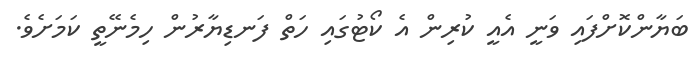
ބަޔާންކޮށްފައި ވަނީ އެއީ ކުރިން އެ ކޯޓުގައި ހަތް ފަނޑިޔާރުން ހިމެނޭތީ ކަމަަށެވެ.